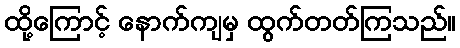
ထို့ကြောင့် နောက်ကျမှ ထွက်တတ်ကြသည်။